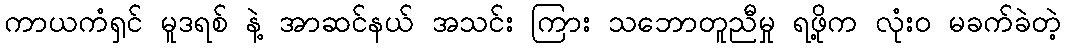
ကာယကံရှင် မူဒရစ် နဲ့ အာဆင်နယ် အသင်း ကြား သဘောတူညီမှု ရဖို့က လုံးဝ မခက်ခဲတဲ့